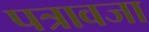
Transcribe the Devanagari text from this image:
पत्रावजा